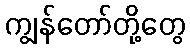
ကျွန်တော်တို့တွေ